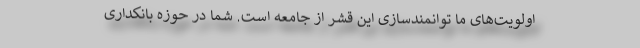
اولویت‌های ما توانمندسازی این قشر از جامعه است. شما در حوزه بانکداری